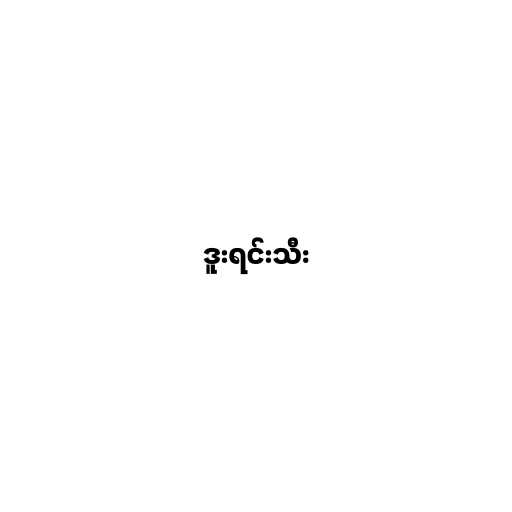
ဒူးရင်းသီး